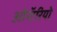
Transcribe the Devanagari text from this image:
ओन्टॅरियो